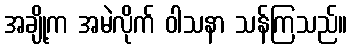
အချို့က အမဲလိုက် ဝါသနာ သန်ကြသည်။